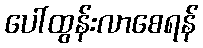
ပေါ်ထွန်းလာစေရန်